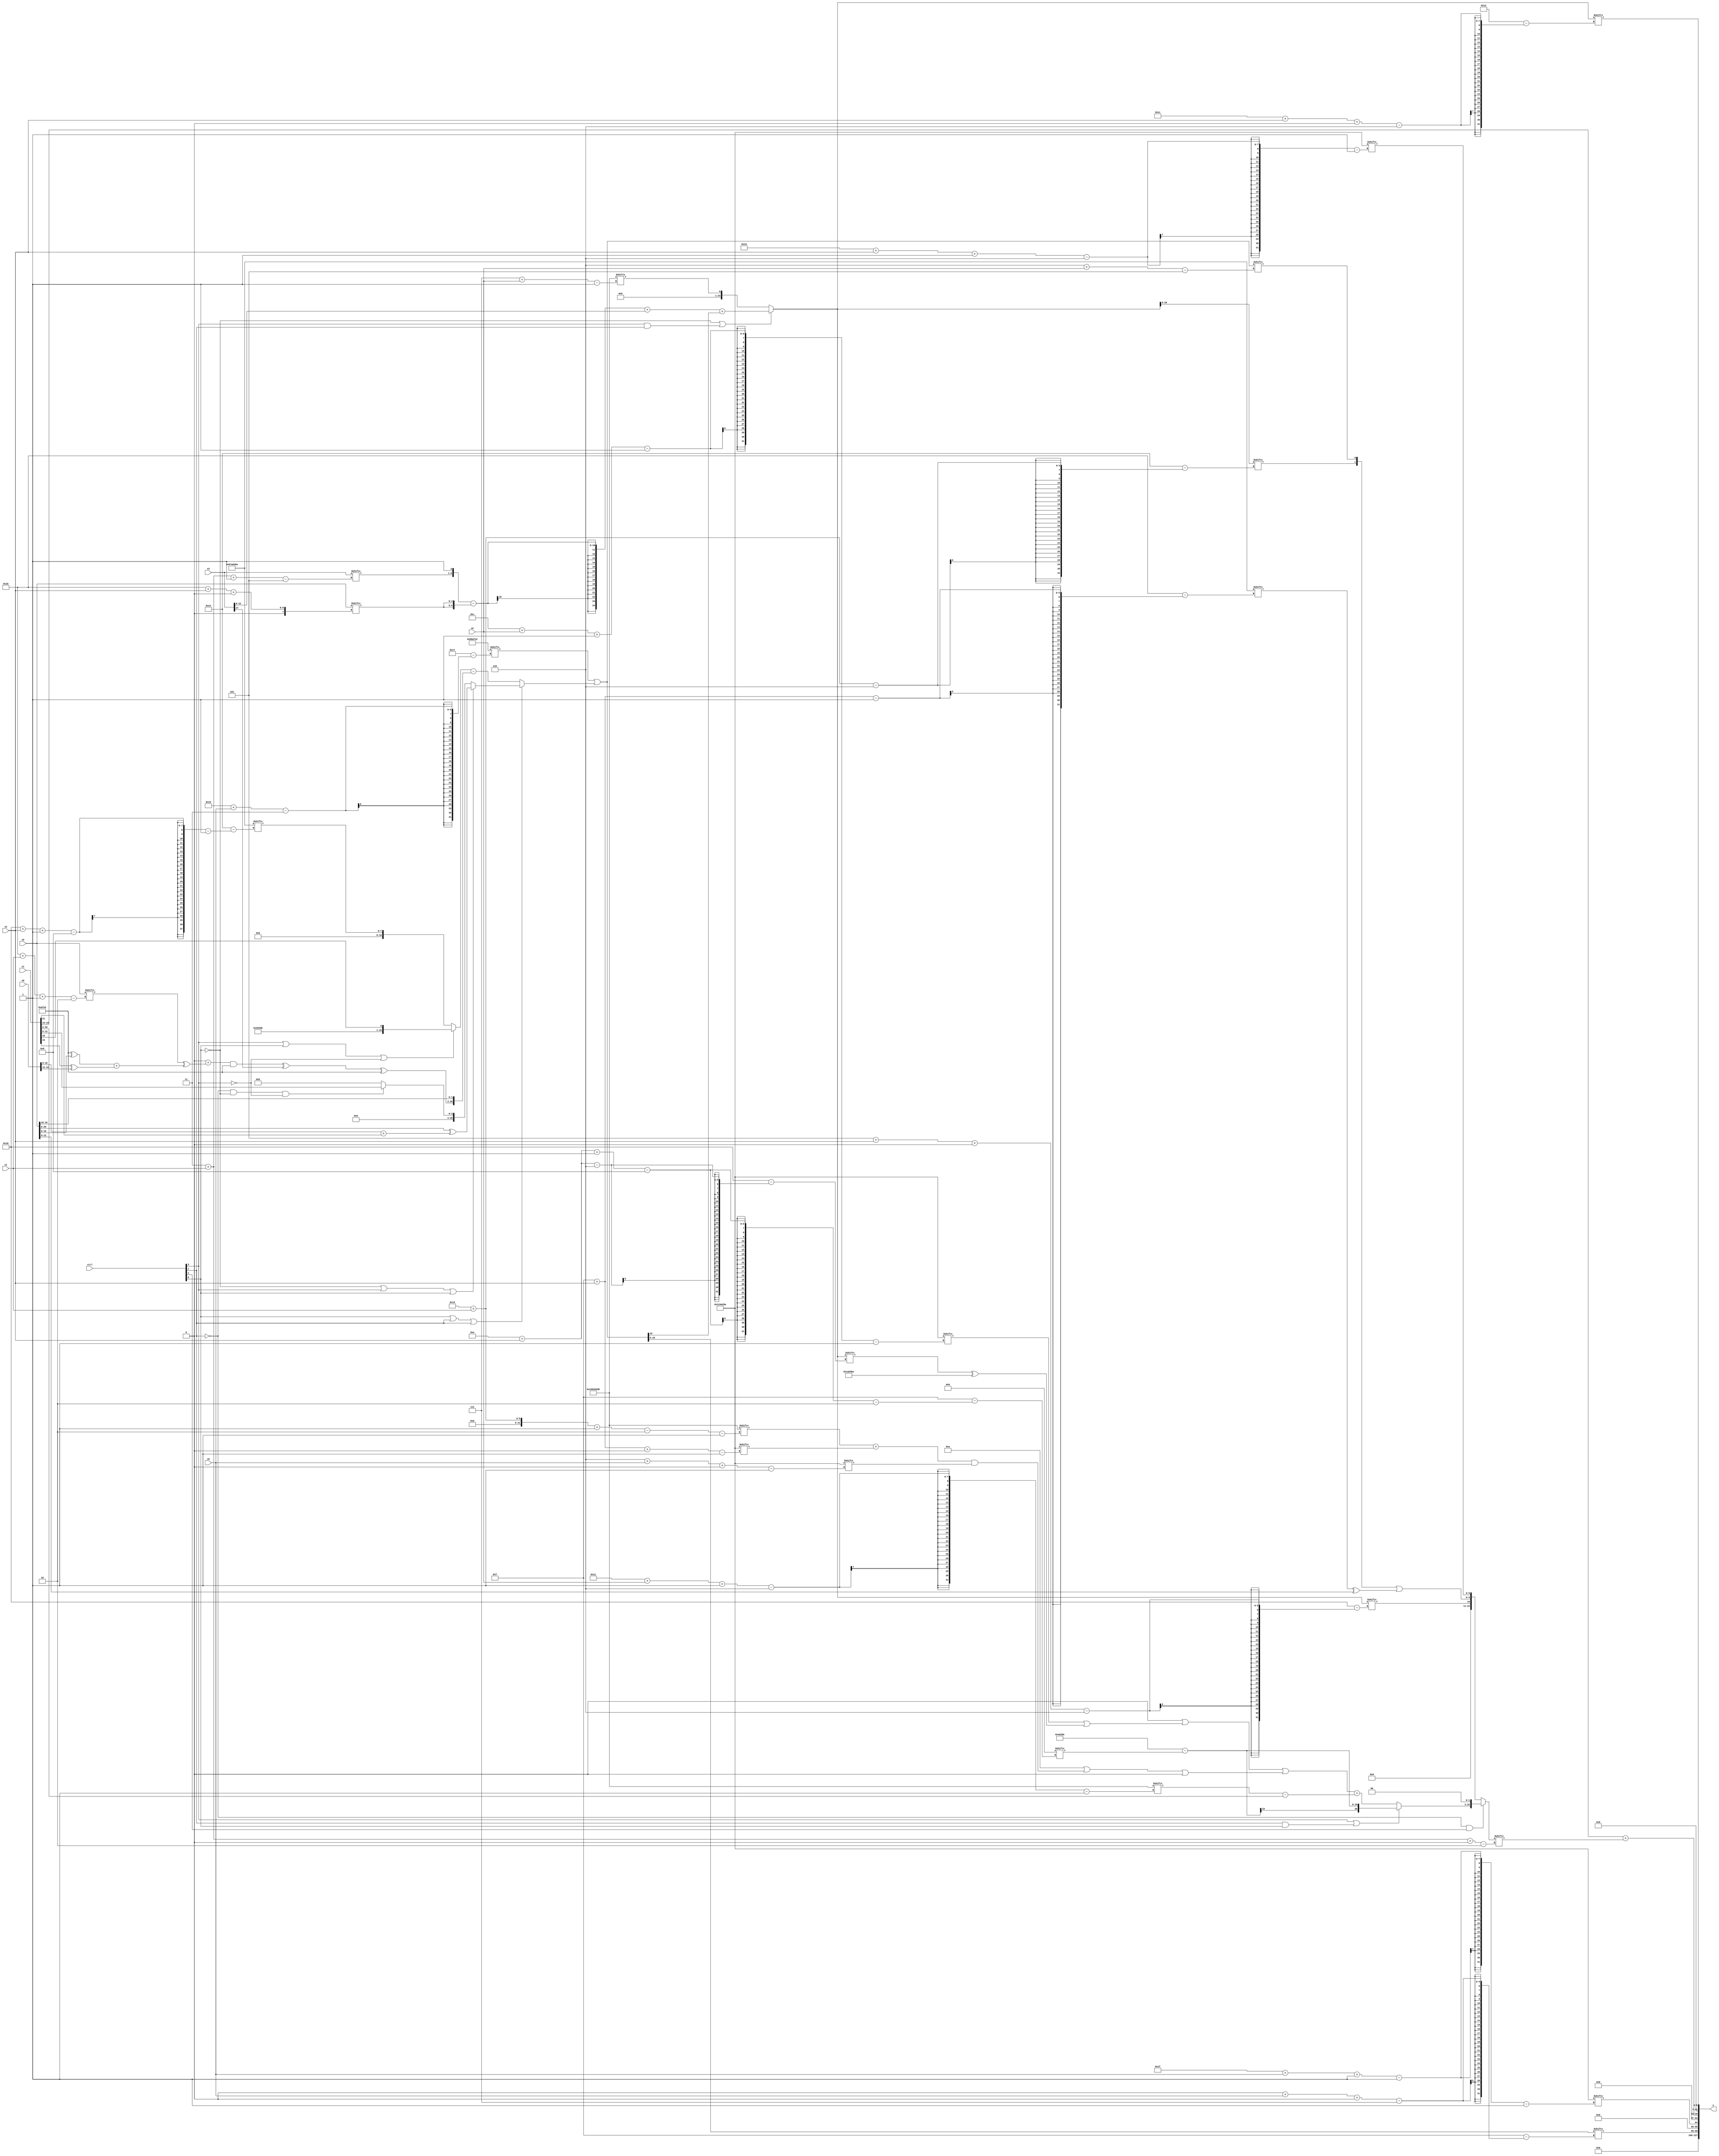
module partsel_00820(ctrl, s0, s1, s2, s3, x0, x1, x2, x3, y);
  input [3:0] ctrl;
  input [2:0] s0;
  input [2:0] s1;
  input [2:0] s2;
  input [2:0] s3;
  input signed [31:0] x0;
  input signed [31:0] x1;
  input signed [31:0] x2;
  input [31:0] x3;
  wire [25:5] x4;
  wire [6:30] x5;
  wire signed [2:24] x6;
  wire signed [6:26] x7;
  wire signed [7:25] x8;
  wire signed [25:1] x9;
  wire [24:2] x10;
  wire [30:7] x11;
  wire signed [4:28] x12;
  wire signed [1:24] x13;
  wire [30:4] x14;
  wire signed [30:3] x15;
  output [127:0] y;
  wire signed [31:0] y0;
  wire signed [31:0] y1;
  wire [31:0] y2;
  wire signed [31:0] y3;
  assign y = {y0,y1,y2,y3};
  localparam signed [1:28] p0 = 427426666;
  localparam [3:26] p1 = 327725026;
  localparam [29:1] p2 = 377643627;
  localparam [26:1] p3 = 19178138;
  assign x4 = (p1[16 + s0] | (ctrl[0] || ctrl[1] || ctrl[1] ? (!ctrl[0] || ctrl[3] || ctrl[0] ? (x2 ^ (x0[8 +: 3] + x1[21])) : (!ctrl[1] && !ctrl[0] && !ctrl[3] ? x1[9 +: 4] : {2{p3[19 +: 2]}})) : ((ctrl[3] || ctrl[0] || !ctrl[3] ? {p2, x1[16]} : p0[24 + s3 -: 8]) - {((((p3[18] + (x2[27 + s1 -: 2] ^ ((p1 ^ x2) + (x1[15] ^ x0[15 -: 4])))) & p1) ^ x3[17 +: 1]) ^ p1), x2[18 +: 2]})));
  assign x5 = (!ctrl[0] || ctrl[3] && ctrl[1] ? ((({x3[3 + s1 -: 5], p1[21]} - {2{x2[27 + s3 +: 5]}}) + x3[9 +: 4]) + {(p1[17 -: 3] + p1[11]), (p2[19 +: 2] | x4[20 -: 1])}) : p2[7 + s2]);
  assign x6 = p0[15 +: 3];
  assign x7 = x5;
  assign x8 = x4;
  assign x9 = p0;
  assign x10 = (!ctrl[1] && !ctrl[1] && ctrl[2] ? {(ctrl[3] || ctrl[1] && ctrl[0] ? {x6, (p3 - x6[14 + s3 -: 8])} : (((p3[17 -: 1] | (p3[12 + s2 -: 1] | (x5[14 + s3] ^ p0))) | ((x9[20 -: 4] | ((p2[19 + s1 -: 2] + p3[15 + s3 +: 1]) & p3[6 + s0 +: 2])) | x6[14])) + (p2[17 + s2 -: 6] - x1))), {2{p2[19]}}} : {{x5[5 + s3 +: 1], ({x7[19 + s1], x4[6 + s2]} | (p0[15 + s3] ^ x2[12 -: 4]))}, p3[29 + s3 -: 6]});
  assign x11 = {(x4[25 + s2 +: 6] & p1), x5[30 + s1 +: 1]};
  assign x12 = p1[12 -: 1];
  assign x13 = ((ctrl[1] && !ctrl[3] && ctrl[2] ? p3[11 + s1 -: 2] : x12[20]) ^ x12[17 + s2]);
  assign x14 = (!ctrl[0] || ctrl[0] || !ctrl[2] ? x10 : ({x11[16 + s0 +: 4], (((p3 - x1[19 + s1]) | p3[5 + s3]) & p3)} - {p3[5 + s0 -: 1], p2}));
  assign x15 = ({{p1[1 + s2 -: 6], (ctrl[3] || !ctrl[0] || ctrl[2] ? (p0 & x2[14 +: 3]) : {2{p0}})}, x6[14 -: 1]} | (ctrl[2] && ctrl[0] || ctrl[0] ? (((x13[18 + s1 +: 5] | x9[15 + s0 -: 7]) - (x4[26 + s3 -: 3] ^ p1[19 + s2])) | x7[18 +: 4]) : {2{((p1[12 +: 2] - x6[9 + s1]) ^ x3[9 + s0])}}));
  assign y0 = x8[0 + s0 +: 4];
  assign y1 = p3[31 + s0 -: 1];
  assign y2 = (x1[15 +: 4] + x10[3 + s1 +: 2]);
  assign y3 = x5[28 + s3 +: 7];
endmodule